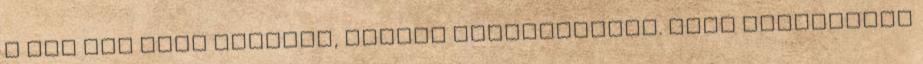
a taj meg eleg europai, atmegy felsivatagba. kora legnagyobb